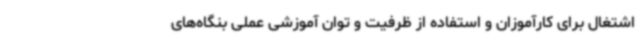
اشتغال برای کارآموزان و استفاده از ظرفیت و توان آموزشی عملی بنگاه‌های